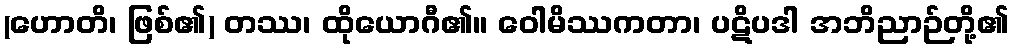
(ဟောတိ၊ ဖြစ်၏) တဿ၊ ထိုယောဂီ၏။ ဝေါမိဿကတာ၊ ပဋိပဒါ အဘိညာဉ်တို့၏